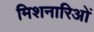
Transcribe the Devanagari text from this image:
मिशनारिओं